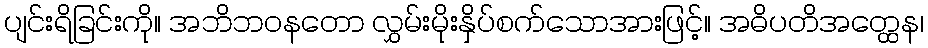
ပျင်းရိခြင်းကို။ အဘိဘဝနတော လွှမ်းမိုးနှိပ်စက်သောအားဖြင့်။ အဓိပတိအတ္ထေန၊